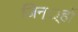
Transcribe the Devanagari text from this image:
जिन््हों